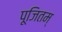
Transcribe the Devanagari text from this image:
पूजितम्